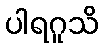
ပါရဂူသိ